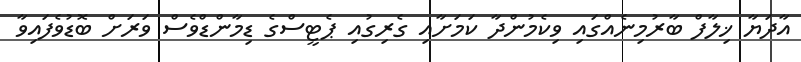
އާދަޔާ ޚިލާފް ބާރުމިނެއްގައި ވިކެމުންދާ ކަމަށާއި ގެރިގުއި ޕެޓީސްގެ ޑިމާންޑްވެސް ވަރަށް ބޮޑުވެފައިވާ